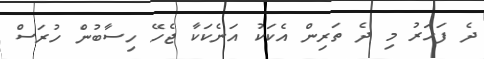
ދެ ފަހަރު މި ދެ ތަރިން އެކަކު އަނެކަކާ ޖެހޭ ހިސާބުން ހުރަސް